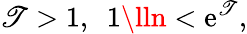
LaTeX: \mathscr{T}>1,\ \ 1\lln<\mathrm{{e}}^{\mathscr{T}},